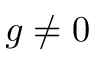
g \neq 0